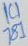
Text: 1C1781